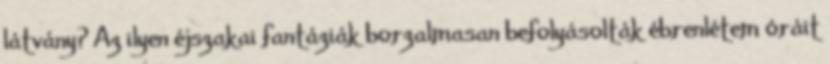
látvány? Az ilyen éjszakai fantáziák borzalmasan befolyásolták ébrenlétem óráit